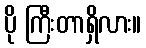
ပို ကြီးတာရှိလား။